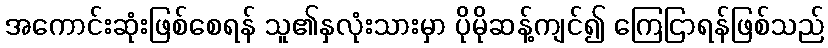
အကောင်းဆုံးဖြစ်စေရန် သူ၏နှလုံးသားမှာ ပိုမိုဆန့်ကျင်၍ ကြေငြာရန်ဖြစ်သည်